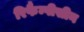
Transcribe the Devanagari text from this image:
रिफैम्पीसीन